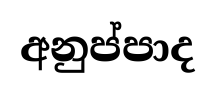
අනුප්පාද